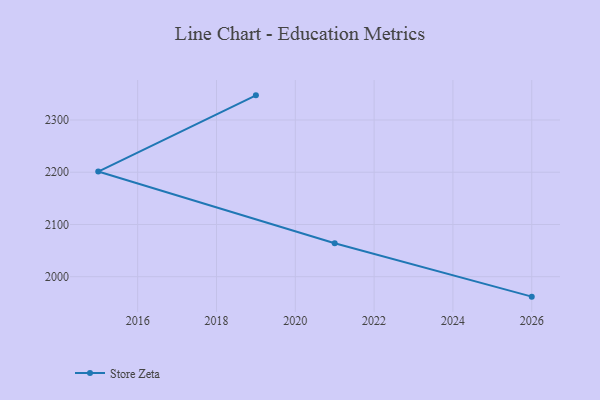
{"axis": {"x": "Year", "y": "Temperature (°C)"}, "legend": ["Store Zeta"], "data": [{"x": "2026", "y": 1961.8, "type": "Store Zeta"}, {"x": "2021", "y": 2064.1, "type": "Store Zeta"}, {"x": "2015", "y": 2201.3, "type": "Store Zeta"}, {"x": "2019", "y": 2347.2, "type": "Store Zeta"}]}